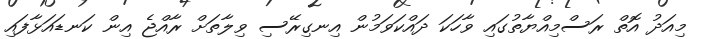
މިއަދު އޮތް ރަސްމިއްޔާތުގައި ވާހަކަ ދައްކަވަމުން އިނގިރޭސި ވިލާތަށް ރާއްޖެ އިން ކަނޑައަޅާފައި